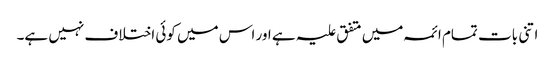
اتنی بات تمام ائمہ میں متفق علیہ ہے اور اس میں کوئی اختلاف نہیں ہے۔